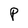
Character: P